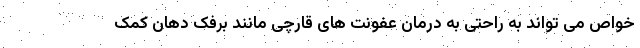
خواص می تواند به راحتی به درمان عفونت های قارچی مانند برفک دهان کمک